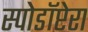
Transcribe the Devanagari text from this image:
स्पोडॉप्टेरा